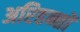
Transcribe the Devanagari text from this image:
अरिहन्तों